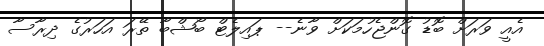
އެއީ ވަރަށް ބޮޑު ގޮންޖެހުމަކަށް ވާނެ-- ޕައިލެޓް ބޯޝްބާ ތޭރަ އަހަރުގެ ދިރާސާ